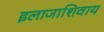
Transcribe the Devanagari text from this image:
इलाजाशिवाय